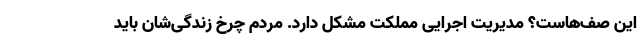
این صف‌هاست؟ مدیریت اجرایی مملکت مشکل دارد. مردم چرخ زندگی‌شان باید